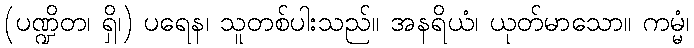
(ပဏ္ဍိတ၊ ရှိ၊) ပရေန၊ သူတစ်ပါးသည်။ အနရိယံ၊ ယုတ်မာသော။ ကမ္မံ၊